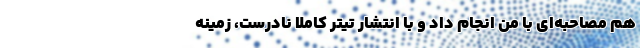
هم مصاحبه‌ای با من انجام داد و با انتشار تیتر کاملا نادرست، زمینه